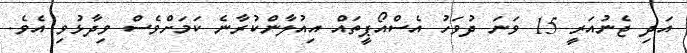
އަދި ޖެނުއަރީ 15 ވަނަ ދުވަހު އެސްއޯޕީތައް އިއުލާންކުރާނެ ކަމަށްވެސް ވިދާޅުވި އެވެ.